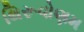
થિરૂવોણમ